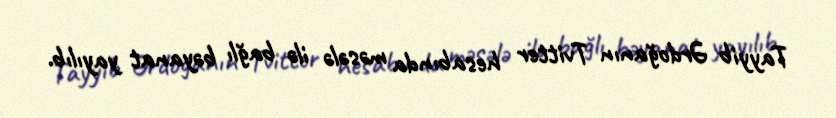
Tayyib Ərdoğanın Tvitter hesabında məsələ ilə bağlı bəyanat yayılıb.